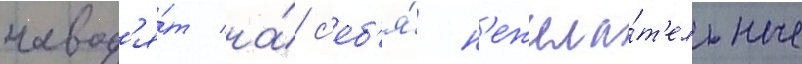
навод'я́т на́ с'еб'я́ н'ежела́т'ельные